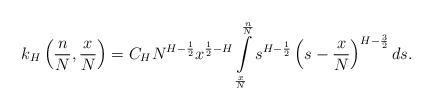
\begin{align*} k_H\left(\frac{n}{N},\frac{x}{N}\right)=C_H N^{H-\frac{1}{2}} x^{\frac{1}{2}-H}\int\limits_{\frac{x}{N}}^{\frac{n}{N}}s^{H-\frac{1}{2}}\left(s-\frac{x}{N}\right)^{H-\frac{3}{2}}ds.\end{align*}